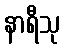
နာရီသု